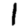
Digit: 1